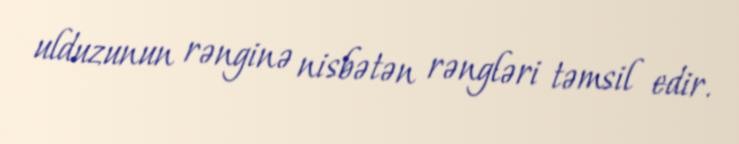
ulduzunun rənginə nisbətən rəngləri təmsil edir.